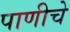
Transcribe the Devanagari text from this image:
पाणीचे